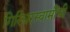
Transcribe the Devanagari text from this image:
गिरिधरस्वामींची